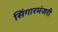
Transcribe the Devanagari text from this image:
सिंगारमंजरी